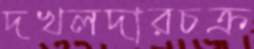
দখলদারচক্র